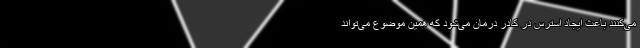
می‌کنند باعث ایجاد استرس در کادر درمان می‌شود که همین موضوع می‌تواند